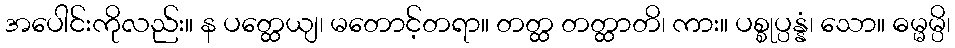
အပေါင်းကိုလည်း။ န ပတ္ထေယျ၊ မတောင့်တရာ။ တတ္ထ တတ္ထာတိ၊ ကား။ ပစ္စုပ္ပန္နံ၊ သော။ ဓမ္မမ္ပိ၊